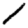
Digit: 1